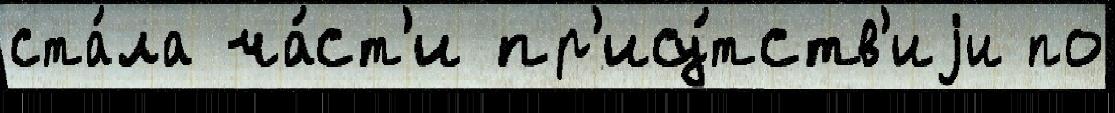
ста́ла ча́ст'и пр'ису́тств'иjи по